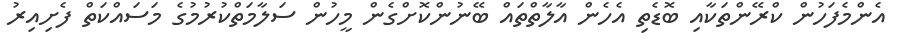
އެންމެފަހުން ކްރޭންތަކާއި ބޮޑެތި އެހެން އާލާތްތައް ބޭނުންކޮށްގެން މީހުން ސަލާމަތްކުރުމުގެ މަސައްކަތް ފެށިއިރު